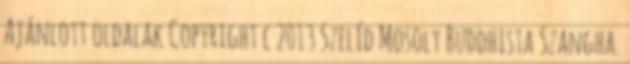
Ajánlott oldalak Copyright c 2013 Szelíd Mosoly Buddhista Szangha.